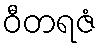
ဝီတရဇံ